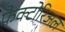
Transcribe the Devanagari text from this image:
फैक्टोरिअल